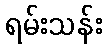
ရမ်းသန်း